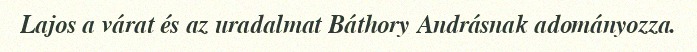
Lajos a várat és az uradalmat Báthory Andrásnak adományozza.